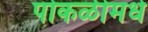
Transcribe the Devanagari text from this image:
पोकळीमधे